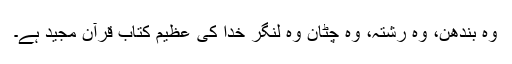
وہ بندھن، وہ رشتہ، وہ چٹان وہ لنگر خدا کی عظیم کتاب قرآن مجید ہے۔